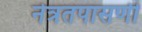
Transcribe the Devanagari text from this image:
नेत्रतपासणी